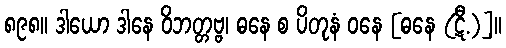
၈၉၈။ ဒါယော ဒါနေ ဝိဘတ္တဗ္ဗ၊ ဓနေ စ ပိတုနံ ဝနေ [ဓနေ (ဋီ.)]။